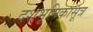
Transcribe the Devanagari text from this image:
दशभूमिकासूत्र